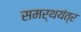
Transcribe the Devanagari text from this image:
समर्थयंत्र